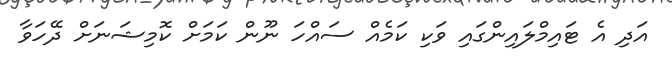
އަދި އެ ޓައިމްލައިންގައި ވަކި ކަމެއް ސައްހަ ނޫން ކަމަށް ކޮމިޝަނަށް ދޭހަވާ